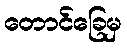
တောင်ခြေမှ